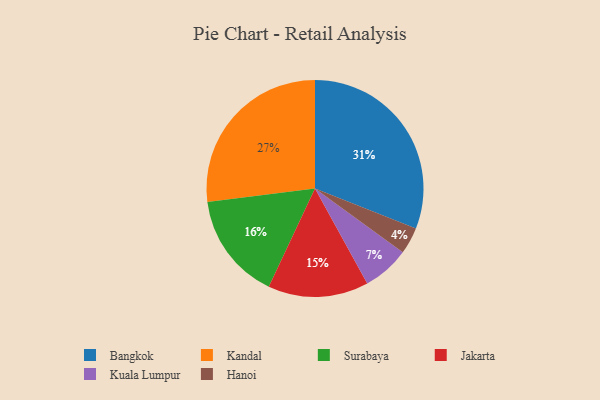
{"axis": {"x": "Category", "y": "Percentage"}, "legend": ["Bangkok", "Hanoi", "Jakarta", "Kandal", "Kuala Lumpur", "Surabaya"], "data": [{"x": "Kandal", "y": 27, "type": "Kandal"}, {"x": "Jakarta", "y": 15, "type": "Jakarta"}, {"x": "Surabaya", "y": 16, "type": "Surabaya"}, {"x": "Hanoi", "y": 4, "type": "Hanoi"}, {"x": "Bangkok", "y": 31, "type": "Bangkok"}, {"x": "Kuala Lumpur", "y": 7, "type": "Kuala Lumpur"}]}